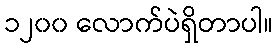
၁၂၀၀ လောက်ပဲရှိတာပါ။